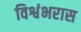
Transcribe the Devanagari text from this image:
विश्वंभरास